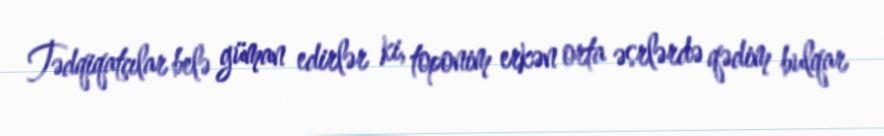
Tədqiqatçılar belə güman edirlər ki, toponim erkən orta əsrlərdə qədim bulqar